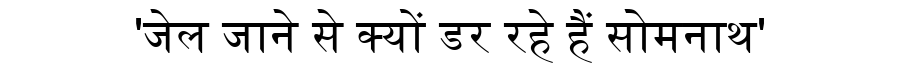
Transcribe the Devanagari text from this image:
'जेल जाने से क्यों डर रहे हैं सोमनाथ'